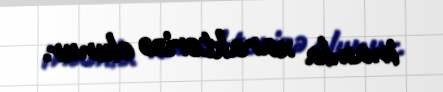
inamla xarakterizə olunur.